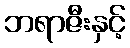
ဘရာဇီးနှင့်